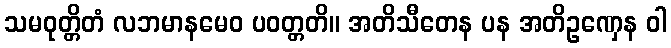
သမဝုတ္တိတံ လဘမာနမေဝ ပဝတ္တတိ။ အတိသီတေန ပန အတိဥဏှေန ဝါ